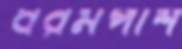
ধরমপাশ